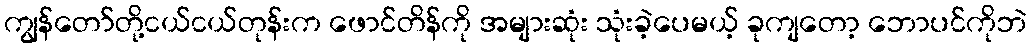
ကျွန်တော်တို့ငယ်ငယ်တုန်းက ဖောင်တိန်ကို အများဆုံး သုံးခဲ့ပေမယ့် ခုကျတော့ ဘောပင်ကိုဘဲ